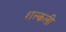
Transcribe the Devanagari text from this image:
शल्कली